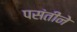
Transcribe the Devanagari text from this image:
पसंतीने